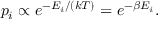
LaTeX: p _ { i } \propto e ^ { - E _ { i } / ( k T ) } = e ^ { - \beta E _ { i } } .